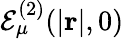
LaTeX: \mathcal{E}_{\mu}^{(2)}(|\mathbf{r}|,0)